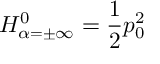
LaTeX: { \cal H } _ { \alpha = \pm \infty } ^ { 0 } = { \frac { 1 } { 2 } } p _ { 0 } ^ { 2 }